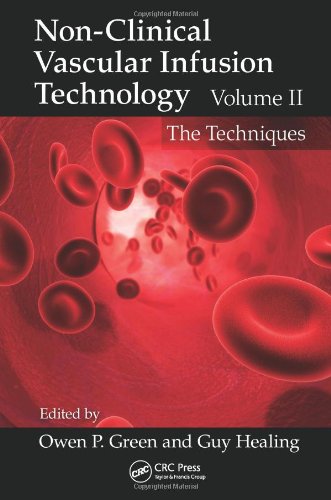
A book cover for Non-Clinical Vascular Infusion Technology, Two Volume Set: Non-Clinical Vascular Infusion Technology, Volume II: The Techniques; Medical Books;